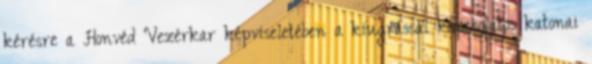
kérésre a Honvéd Vezérkar képviseletében a kiugrással kapcsolatos katonai